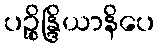
ပဉ္စိန္ဒြိယာနိပေ